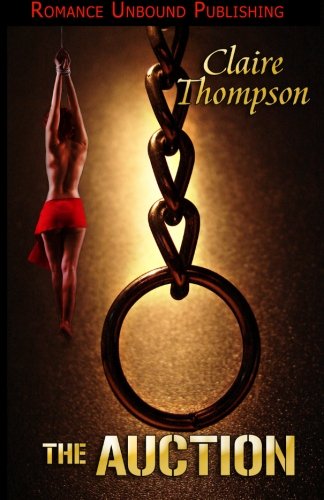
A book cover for The Auction; Claire Thompson; Romance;